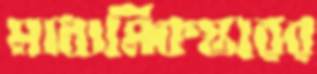
মাধ্যমিকস্তরের